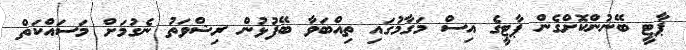
ޕާޓީ ބޭނުންކޮށްގެން ޕާޓީގެ އިސް މަގާމުގައި ތިއްބަވާ ބޭފުޅުން ރިޝްވަތު ނެގުމަށް މަސައްކަތް